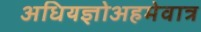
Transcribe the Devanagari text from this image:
अधियज्ञोअहमेवात्र